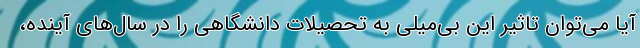
آیا می‌توان تاثیر این بی‌میلی به تحصیلات دانشگاهی را در سال‌های آینده،